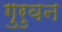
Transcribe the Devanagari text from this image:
गुरुवन